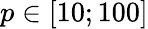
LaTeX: p\in{}[10;100]